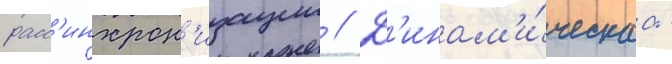
расс'инхрон'изации // Д'инам'и́ческаа -